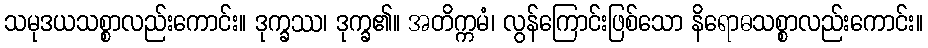
သမုဒယသစ္စာလည်းကောင်း။ ဒုက္ခဿ၊ ဒုက္ခ၏။ အတိက္ကမံ၊ လွန်ကြောင်းဖြစ်သော နိရောဓသစ္စာလည်းကောင်း။